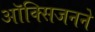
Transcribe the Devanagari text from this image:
ऑक्सिजनने